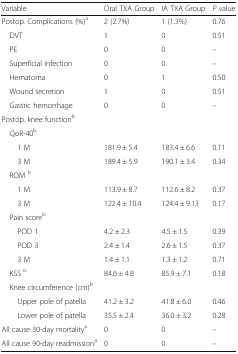
| Variable | Oral TXA Group | IA TXA Group | P value |
 | --- | --- | --- | --- |
 | Postop. Complications (%)a | 2 (2.7%) | 1 (1.3%) | 0.76 |
 | DVT | 1 | 0 | 0.51 |
 | PE | 0 | 0 | – |
 | Superficial infection | 0 | 0 | – |
 | Hematoma | 0 | 1 | 0.50 |
 | Wound secretion | 1 | 0 | 0.51 |
 | Gastric hemorrhage | 0 | 0 | – |
 | <COLSPAN=4> Postop. knee functionb |
 | <COLSPAN=4> QoR-40b |
 | 1 M | 181.9 ± 5.4 | 183.4 ± 6.6 | 0.11 |
 | 3 M | 189.4 ± 5.9 | 190.1 ± 3.4 | 0.34 |
 | <COLSPAN=4> ROM b |
 | 1 M | 113.9 ± 8.7 | 112.6 ± 8.2 | 0.37 |
 | 3 M | 122.4 ± 10.4 | 124.4 ± 9.13 | 0.17 |
 | <COLSPAN=4> Pain scoreb |
 | POD 1 | 4.2 ± 2.3 | 4.5 ± 1.5 | 0.39 |
 | POD 3 | 2.4 ± 1.4 | 2.6 ± 1.5 | 0.37 |
 | 3 M | 1.4 ± 1.1 | 1.3 ± 1.2 | 0.71 |
 | KSS b | 84.6 ± 4.8 | 85.9 ± 7.1 | 0.18 |
 | <COLSPAN=4> Knee circumference (cm)b |
 | Upper pole of patella | 41.2 ± 3.2 | 41.8 ± 6.0 | 0.46 |
 | Lower pole of patella | 35.5 ± 2.4 | 36.0 ± 3.2 | 0.28 |
 | All cause 30-day mortalitya | 0 | 0 | – |
 | All cause 90-day readmissiona | 0 | 0 | – |